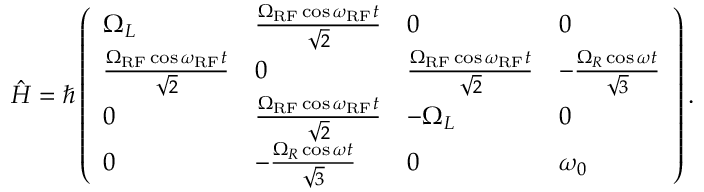
\begin{array} { r } { \hat { H } = \hbar \left( \begin{array} { l l l l } { \Omega _ { L } } & { \frac { \Omega _ { \mathrm { R F } } \cos \omega _ { \mathrm { R F } } t } { \sqrt { 2 } } } & { 0 } & { 0 } \\ { \frac { \Omega _ { \mathrm { R F } } \cos \omega _ { \mathrm { R F } } t } { \sqrt { 2 } } } & { 0 } & { \frac { \Omega _ { \mathrm { R F } } \cos \omega _ { \mathrm { R F } } t } { \sqrt { 2 } } } & { - \frac { \Omega _ { R } \cos \omega t } { \sqrt { 3 } } } \\ { 0 } & { \frac { \Omega _ { \mathrm { R F } } \cos \omega _ { \mathrm { R F } } t } { \sqrt { 2 } } } & { - \Omega _ { L } } & { 0 } \\ { 0 } & { - \frac { \Omega _ { R } \cos \omega t } { \sqrt { 3 } } } & { 0 } & { \omega _ { 0 } } \end{array} \right) . } \end{array}